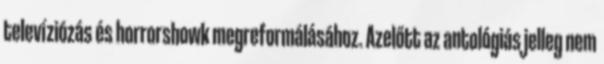
televíziózás és horrorshowk megreformálásához. Azelőtt az antológiás jelleg nem